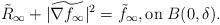
LaTeX: \begin{align*} \tilde{R}_{\infty} + |\widetilde{\nabla f_{\infty}}|^2=\tilde{f}_{\infty}, \textrm{on} \; B(0, \delta). \end{align*}